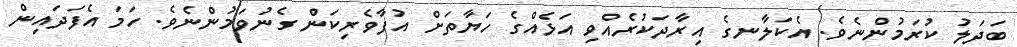
ބަދަލު ކުރަމުންނެވެ. އެކަލާނގެ އިރާދަކުރެއްވި އަޅެއްގެ ހަޔާތަށް އުފާވެރިކަން ގެނުވަމުންނެވެ. ހަމަ އެފަދައިން